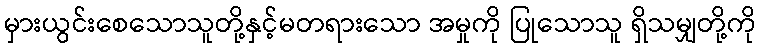
မှားယွင်းစေသောသူတို့နှင့်မတရားသော အမှုကို ပြုသောသူ ရှိသမျှတို့ကို